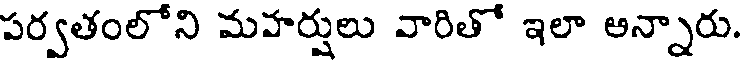
పర్వతంలోని మహర్షులు వారితో ఇలా అన్నారు.